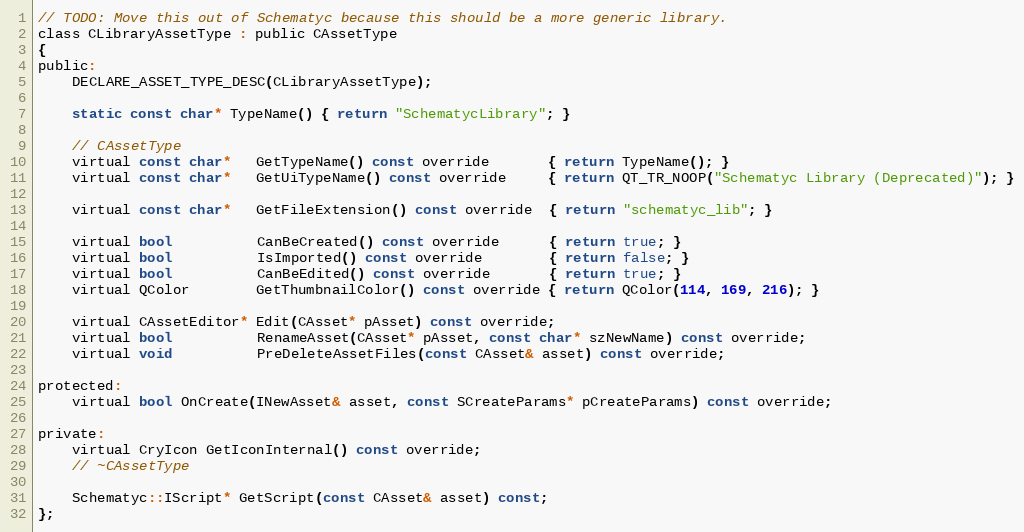
Language: C
// TODO: Move this out of Schematyc because this should be a more generic library.
class CLibraryAssetType : public CAssetType
{
public:
	DECLARE_ASSET_TYPE_DESC(CLibraryAssetType);

	static const char* TypeName() { return "SchematycLibrary"; }

	// CAssetType
	virtual const char*   GetTypeName() const override       { return TypeName(); }
	virtual const char*   GetUiTypeName() const override     { return QT_TR_NOOP("Schematyc Library (Deprecated)"); }

	virtual const char*   GetFileExtension() const override  { return "schematyc_lib"; }

	virtual bool          CanBeCreated() const override      { return true; }
	virtual bool          IsImported() const override        { return false; }
	virtual bool          CanBeEdited() const override       { return true; }
	virtual QColor        GetThumbnailColor() const override { return QColor(114, 169, 216); }

	virtual CAssetEditor* Edit(CAsset* pAsset) const override;
	virtual bool          RenameAsset(CAsset* pAsset, const char* szNewName) const override;
	virtual void          PreDeleteAssetFiles(const CAsset& asset) const override;

protected:
	virtual bool OnCreate(INewAsset& asset, const SCreateParams* pCreateParams) const override;

private:
	virtual CryIcon GetIconInternal() const override;
	// ~CAssetType

	Schematyc::IScript* GetScript(const CAsset& asset) const;
};